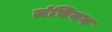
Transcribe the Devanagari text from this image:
लंचियन